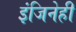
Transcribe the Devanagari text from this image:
इंजिनेही